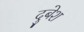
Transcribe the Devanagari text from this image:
दुबेश